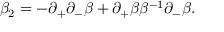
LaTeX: \beta _ { 2 } = - \partial _ { + } \partial _ { - } \beta + \partial _ { + } \beta \beta ^ { - 1 } \partial _ { - } \beta .